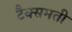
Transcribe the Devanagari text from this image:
टैक्समती